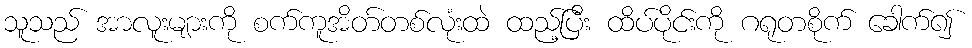
သူသည် အာလူးများကို စက်ကူအိတ်တစ်လုံးထဲ ထည့်ပြီး ထိပ်ပိုင်းကို ဂရုတစိုက် ခေါက်၍